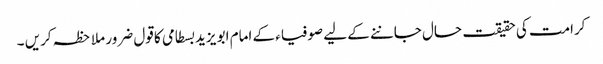
کرامت کی حقیقت حال جاننے کے لیے صوفیاء کے امام ابو یزید بسطامی کا قول ضرور ملاحظہ کریں ۔